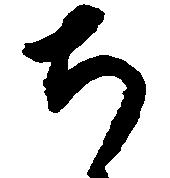
ち